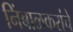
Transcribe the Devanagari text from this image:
निंबाळकरांचे